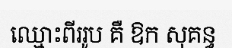
ឈ្មោះពីររូប គឺ ឱក សុគន្ធ